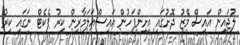
ލުޖައިން އައިސް މޭޒު ދޮށުގައި އިށިންފަހުން އައިސްއަލަމާރިން ކިރު ޕެކެޓް ނަގައި ކިރު